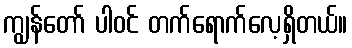
ကျွန်တော် ပါဝင် တက်ရောက်လေ့ရှိတယ်။